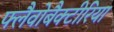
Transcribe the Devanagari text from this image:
फ्लैवोबैक्टीरिया